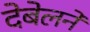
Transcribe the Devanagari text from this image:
देबेलने